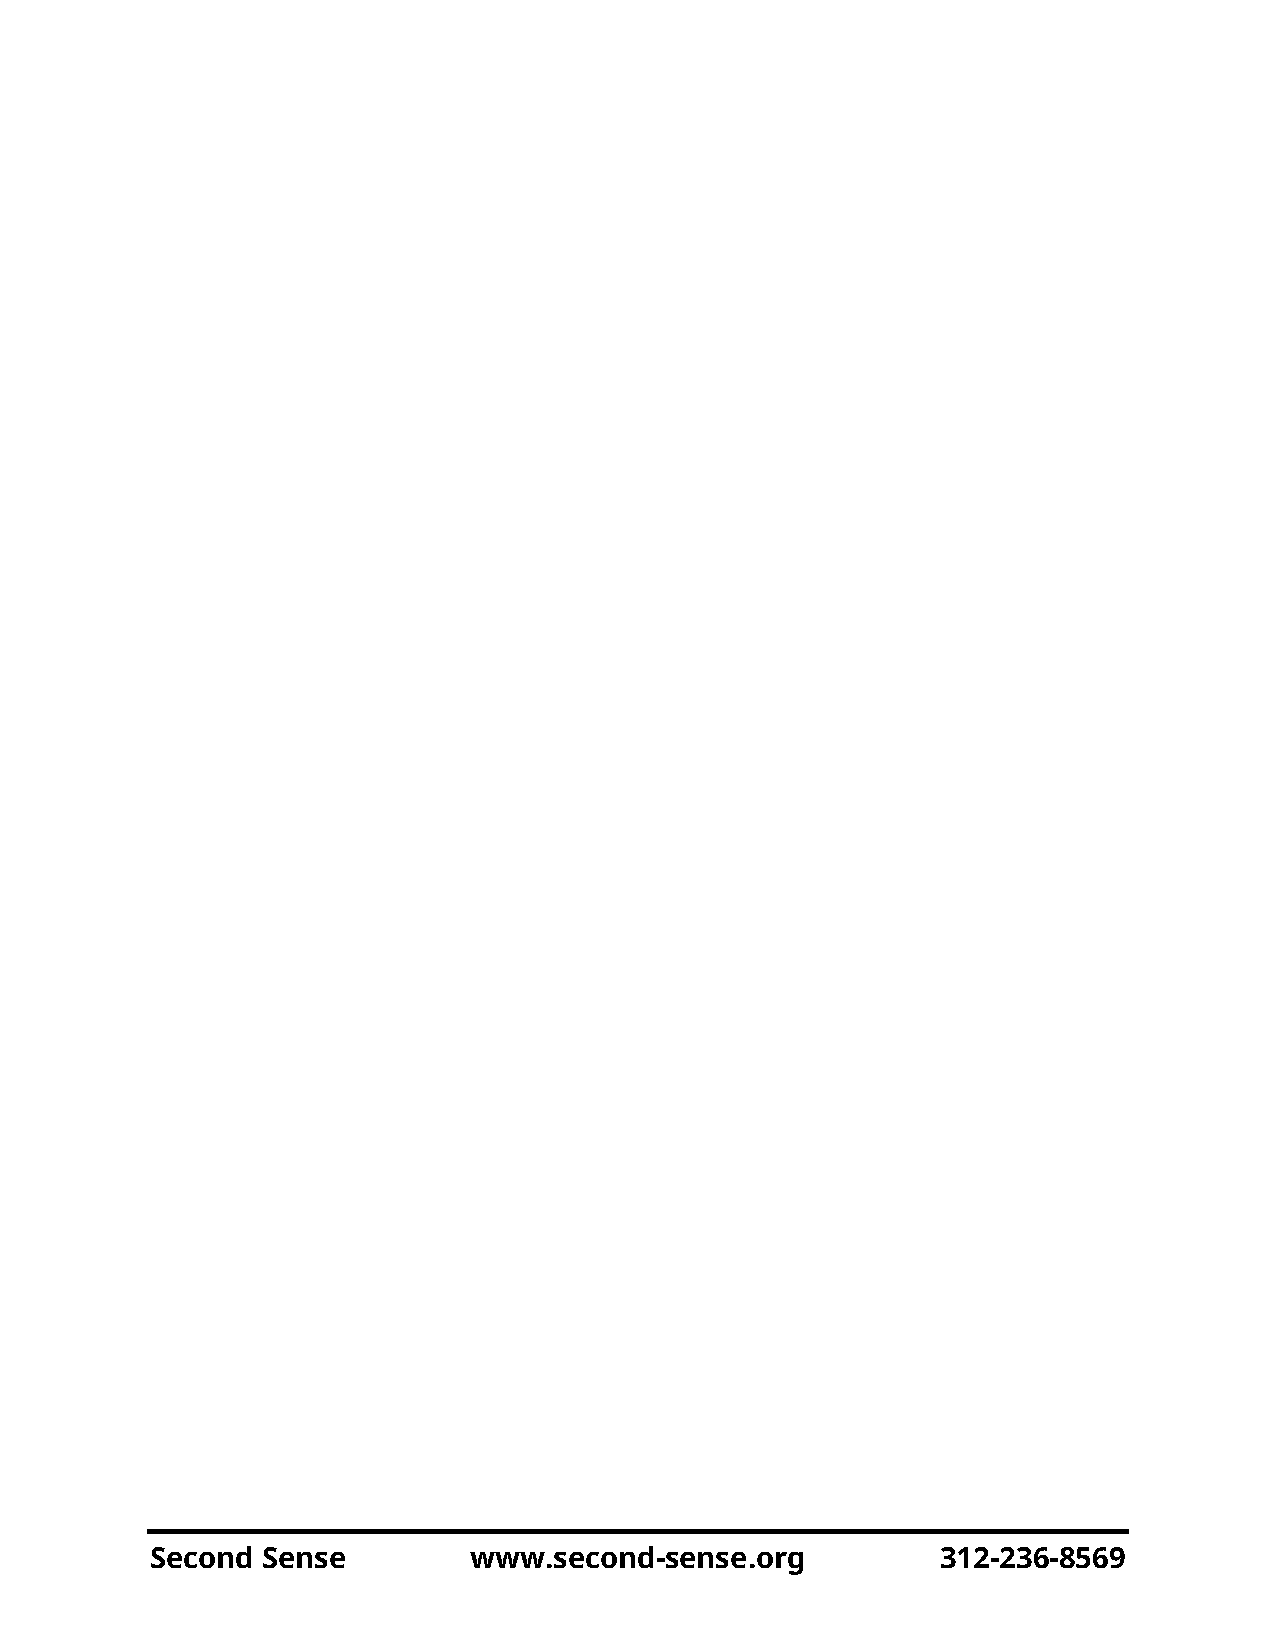
Second Sense         www.second-sense.org           312-236-8569